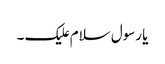
یا رسول سلام علیک ۔